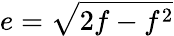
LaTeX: e={\sqrt{2f-f^{2}}}